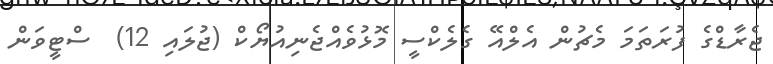
ޖެރާޑްގެ ފުރަތަމަ މެޗުން އެލްއޭ ގެލެކްސީ މޮޅުވެއްޖެނިއުޔޯކް (ޖުލައި 12)  ސްޓީވަން